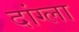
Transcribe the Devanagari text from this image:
दांग्ला